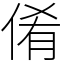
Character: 倄